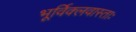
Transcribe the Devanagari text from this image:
भूर्विक्लवास्ताः